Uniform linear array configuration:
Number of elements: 16
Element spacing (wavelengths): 0.5
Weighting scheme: cosine
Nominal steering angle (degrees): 30
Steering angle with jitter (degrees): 28.547
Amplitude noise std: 0.05
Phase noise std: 0.05

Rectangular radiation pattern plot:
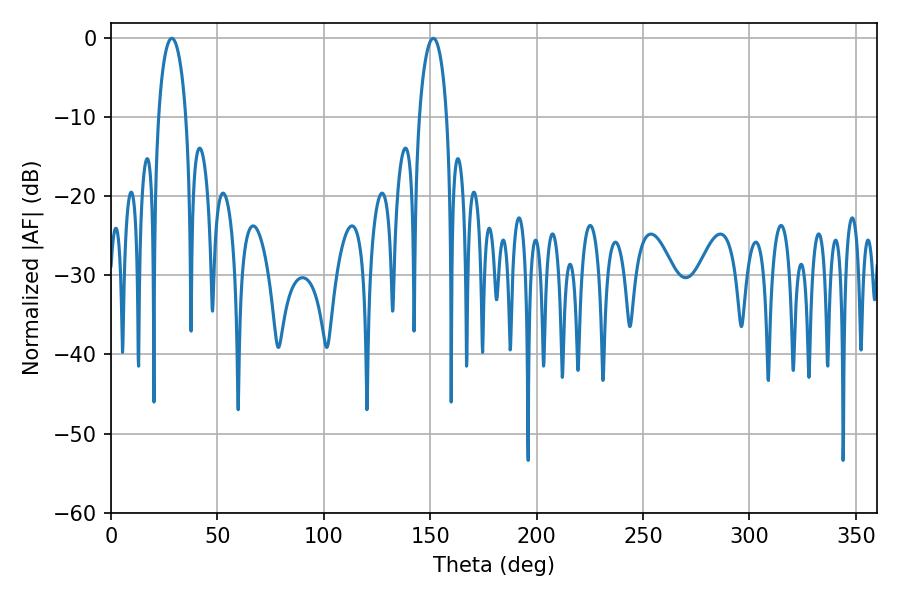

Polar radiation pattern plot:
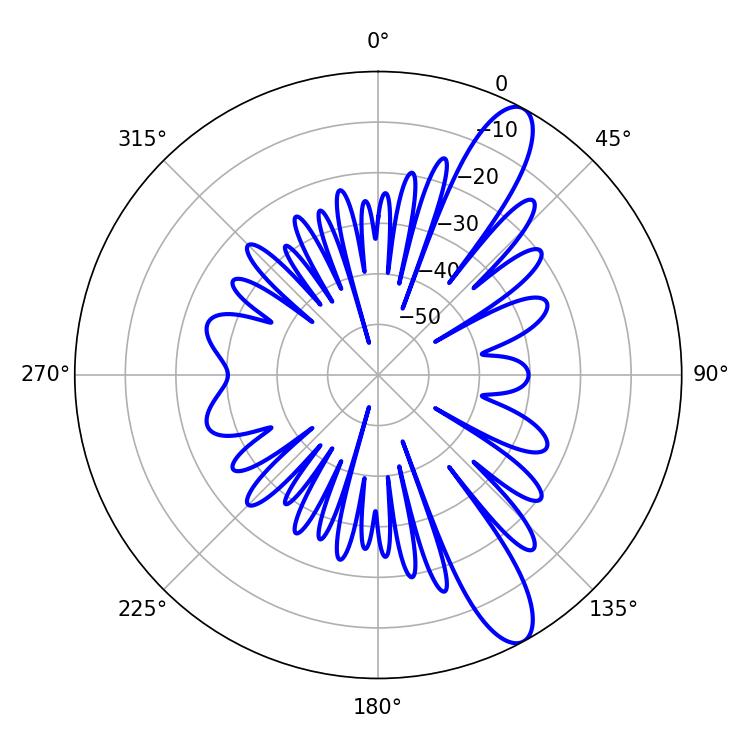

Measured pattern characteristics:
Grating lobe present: FALSE
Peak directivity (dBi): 11.69
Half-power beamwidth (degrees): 7.56
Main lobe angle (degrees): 28.62